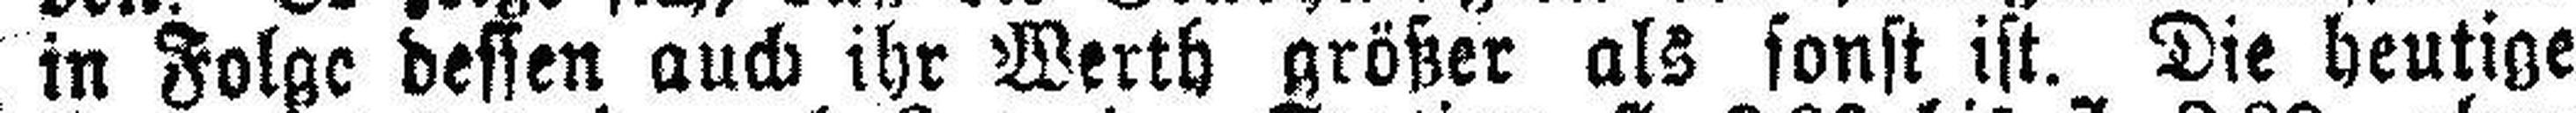
in Folge dessen auch ihr Werth größer als sonst ist. Die heutige